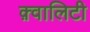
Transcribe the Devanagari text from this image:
क़्वालिटी